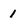
Character: 1